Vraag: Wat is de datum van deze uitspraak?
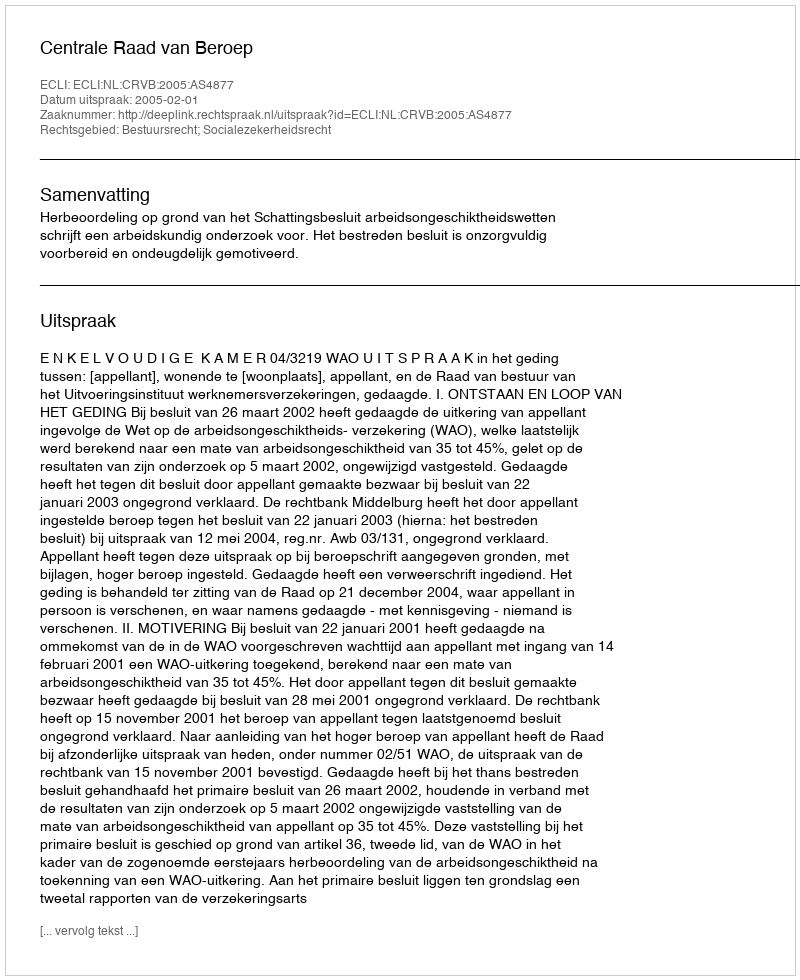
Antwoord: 2005-02-01